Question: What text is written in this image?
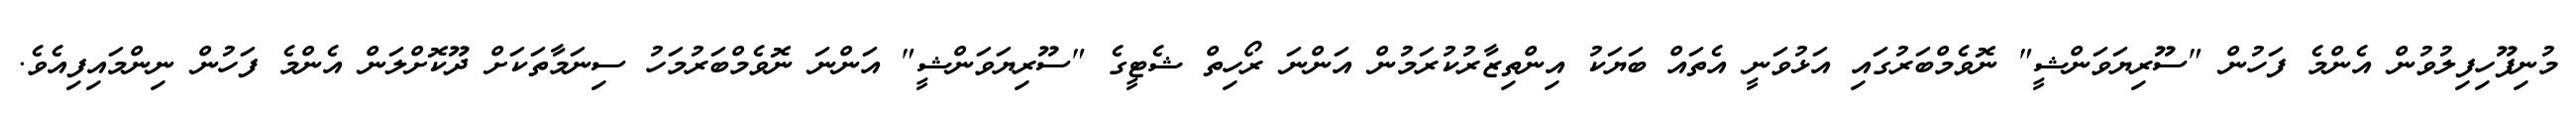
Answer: މުނިފޫހިފިލުވުން އެންމެ ފަހުން "ސޫރިޔަވަންޝީ" ނޮވެމްބަރުގައި އަޅުވަނީ އެތައް ބަޔަކު އިންތިޒާރުކުރަމުން އަންނަ ރޯހިތް ޝެޓީގެ "ސޫރިޔަވަންޝީ" އަންނަ ނޮވެމްބަރުމަހު ސިނަމާތަކަށް ދޫކޮށްލަން އެންމެ ފަހުން ނިންމައިފިއެވެ.